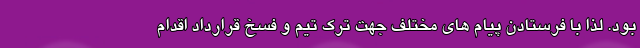
بود. لذا با فرستادن پیام های مختلف جهت ترک تیم و فسخ قرارداد اقدام